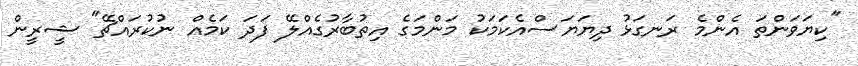
"ކިޔަވަންތަ އެންމެ ރަނގަޅު ދިޔަޔަސްއެކަމަކު މަންމަގެ އިތުބާރުގެއްލޭ ފަދަ ކަމެއް ނުކުރައްޗޭ" ޝީރީން